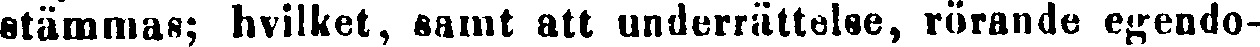
stämmas; hvilket, samt att underrättelse, rörande egendo-